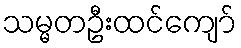
သမ္မတဦးထင်ကျော်